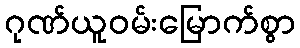
ဂုဏ်ယူဝမ်းမြောက်စွာ